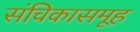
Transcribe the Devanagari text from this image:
संचिकासमूह